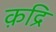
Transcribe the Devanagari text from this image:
क़द्रि